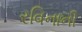
રવિનાની